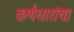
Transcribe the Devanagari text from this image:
कर्णधारांचा